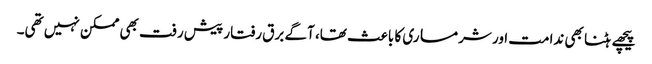
پیچھے ہٹنا بھی ندامت اور شرمساری کا باعث تھا، آگے برق رفتار پیش رفت بھی ممکن نہیں تھی۔